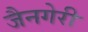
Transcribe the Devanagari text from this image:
जैनगेरी